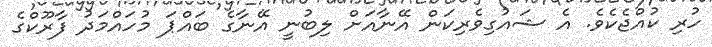
ހުރި ކުއްޖެކެވެެ. އެ ޝައުގިވެރިކަން އޭނާއަށް ލިބުނީ އޭނާގެ ބައްޕަ މުހައްމަދު ފާރޫކްގެ